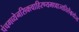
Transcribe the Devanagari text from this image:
पंचगव्येनसिक्त्वाहिरण्यमध्वाज्यतिलैश्चयोज्य